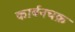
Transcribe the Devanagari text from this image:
कार्बनचक्र